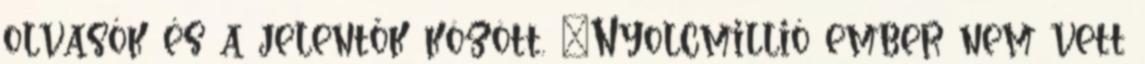
olvasók és a jelentők között. "Nyolcmillió ember nem vett